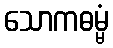
သောကဓမ္မံ